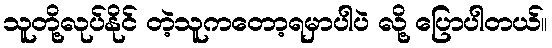
သူတို့လုပ်နိုင် တဲ့သူကတော့ရမှာပါပဲ လို့ ပြောပါတယ်။